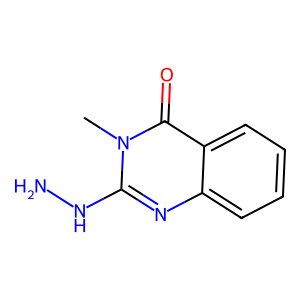
SMILES: Cn1c(NN)nc2ccccc2c1=O
Inhibits HIV replication: No